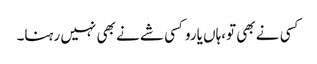
کسی نے بھی تو،ہاں یاروکسی شے نے بھی نہیں رہنا۔